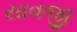
સાવજી